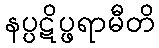
နပ္ပဋိပ္ဖရာမီတိ